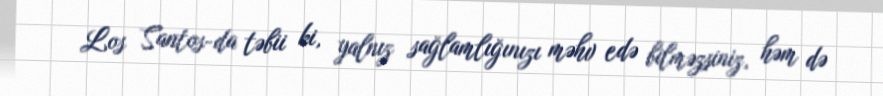
Los Santos-da təbii ki, yalnız sağlamlığınızı məhv edə bilməzsiniz, həm də